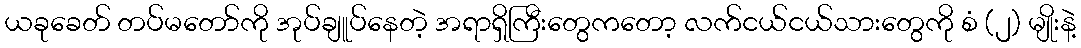
ယခုခေတ် တပ်မတော်ကို အုပ်ချူပ်နေတဲ့ အရာရှိကြီးတွေကတော့ လက်ငယ်ငယ်သားတွေကို စံ (၂) မျိုးနဲ့